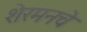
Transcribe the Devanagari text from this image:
शेरमनचे